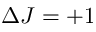
\Delta J = + 1